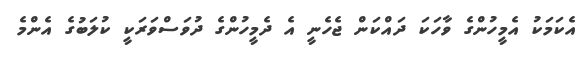
އެކަމަކު އެމީހުންގެ ވާހަކަ ދައްކަން ޖެހެނީ އެ ދެމީހުންގެ ދުވަސްވަރަކީ ކުލަބުގެ އެންމެ